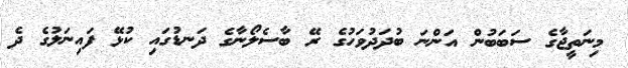
މިނަތީޖާގެ ސަބަބުން އަންނަ ބުދަދުވަހުގެ ރޭ ބާސެލޯނާގެ ދަނޑުގައި ކުޅޭ ފައިނަލުގެ ދެ